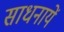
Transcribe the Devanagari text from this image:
साधनायें